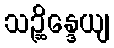
သဉ္ဆိန္ဒေယျ